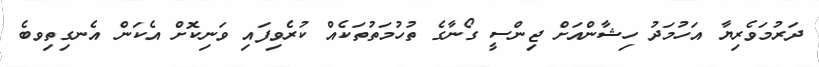
ދަރުމަވެރިޔާ އަހުމަދު ހިޝާންއަށް ޖިންސީ ގޯނާގެ ތުހުމަތުތަކެއް ކުރެވިފައި ވަނިކޮށް އެކަން އެނގިތިވބެ